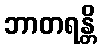
ဘာတရန္တိ